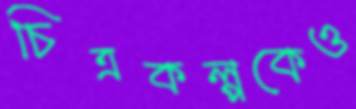
চিত্রকল্পকেও